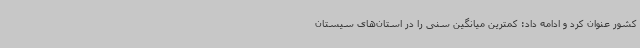
کشور عنوان کرد و ادامه داد: کمترین میانگین سنی را در استان‌های سیستان